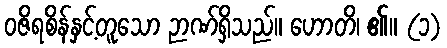
ဝဇိရစိန်နှင့်တူသော ဉာဏ်ရှိသည်။ ဟောတိ၊ ၏။ (၁)